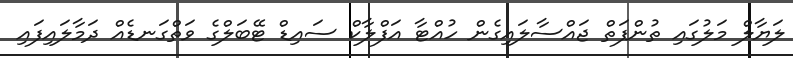
ލަޔާލް މަލުގައި ތުންފަތް ޖައްސާލައިގެން ހުއްޓާ އަފްލާކް ސައިޑް ޓޭބަލްގެ ވަތްގަނޑެއް ދަމާލައިފައި